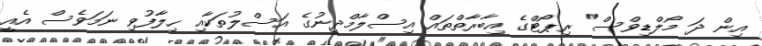
އިން ދަ މޯލްޑިވްސް" ރިޕޯޓްގެ އިބާރާތްތައް އިސްލާމްދީނުގެ އަސްލުތަކާއި ހިލާފުވި ނަމަވެސް އެއީ